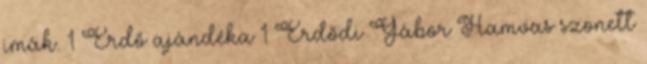
imák. 1 Erdő ajándéka 1 Erdődi Gábor Hamvas szonett